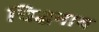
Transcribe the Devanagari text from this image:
चिद्घनाय